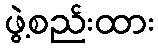
ဖွဲ့စည်းထား